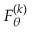
F _ { \boldsymbol { \theta } } ^ { ( k ) }